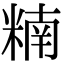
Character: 䊖